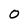
Character: 0